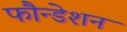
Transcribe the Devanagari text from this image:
फौन्डेशन